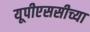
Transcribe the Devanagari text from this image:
यूपीएससीच्या